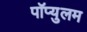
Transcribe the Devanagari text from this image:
पॉप्युलम